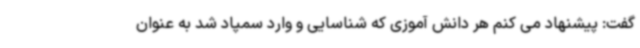
گفت: پیشنهاد می کنم هر دانش آموزی که شناسایی و وارد سمپاد شد به عنوان